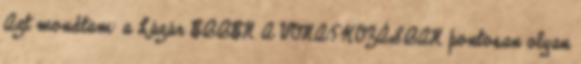
Azt mondtam: a Lázár EBBEN A VONATKOZÁSBAN pontosan olyan